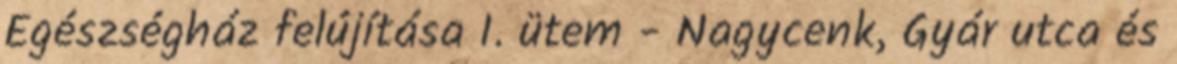
Egészségház felújítása I. ütem - Nagycenk, Gyár utca és